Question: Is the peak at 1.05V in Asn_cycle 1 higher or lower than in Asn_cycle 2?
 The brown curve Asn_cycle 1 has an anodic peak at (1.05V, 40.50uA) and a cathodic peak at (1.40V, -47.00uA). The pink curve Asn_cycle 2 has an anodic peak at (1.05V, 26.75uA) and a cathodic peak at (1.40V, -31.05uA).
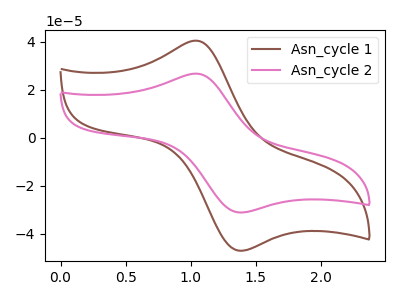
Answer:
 <answer>The peak at 1.05V is higher in "Asn_cycle 1" than in "Asn_cycle 2".</answer>
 <eval>higher</eval>